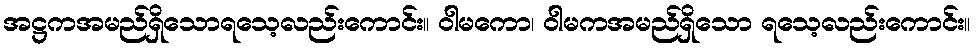
အဋ္ဌကအမည်ရှိသောရသေ့လည်းကောင်း။ ဝါမကော၊ ဝါမကအမည်ရှိသော ရသေ့လည်းကောင်း။